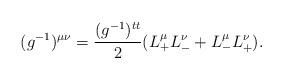
\begin{align*} (g^{-1})^{\mu\nu}=\frac{(g^{-1})^{tt}}{2}(L_+^\mu L_-^\nu+L_-^\mu L_+^\nu).\end{align*}